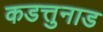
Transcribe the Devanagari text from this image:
कडत्तुनाड